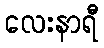
လေးနာရီ